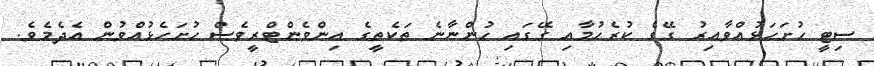
ސިޓީ ހުށަހަޅުއްވާއިރު ގޭގެ ކުރެހުމާއި ގޭގައި ހުންނާނެ ތަކެތީގެ އިންވެންޓްރީވެސް ހުށަހެޅުއްވުން އެދެމެވެ.